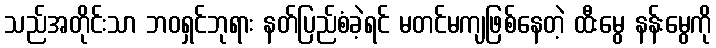
သည်အတိုင်းသာ ဘဝရှင်ဘုရား နတ်ပြည်စံခဲ့ရင် မတင်မကျဖြစ်နေတဲ့ ထီးမွေ နန်းမွေကို